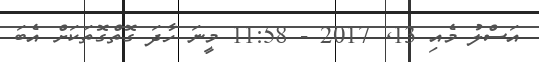
އަސްލު މެއި 13